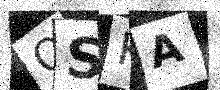
Text: OSKA